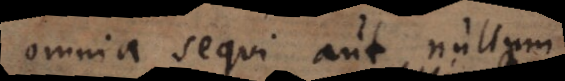
omnia sequi aut nullum